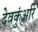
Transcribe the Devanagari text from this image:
देवकुंअरि